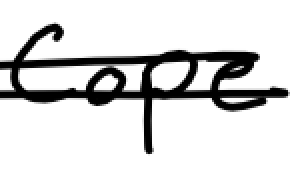
Text: Cope
Cross-out: double-line
Writing tool: digital_black